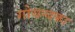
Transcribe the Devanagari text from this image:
गोयन्‍दका